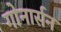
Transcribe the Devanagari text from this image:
गोनार्सन